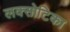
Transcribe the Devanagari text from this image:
लक्सोटिका